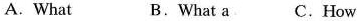
A.What B.What aC.How